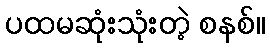
ပထမဆုံးသုံးတဲ့ စနစ်။